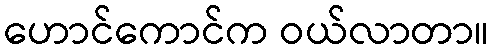
ဟောင်ကောင်က ဝယ်လာတာ။